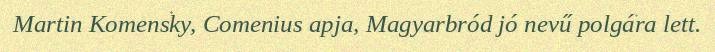
Martin Komensky, Comenius apja, Magyarbród jó nevű polgára lett.